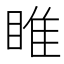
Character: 睢